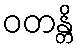
ဝတန္တိ